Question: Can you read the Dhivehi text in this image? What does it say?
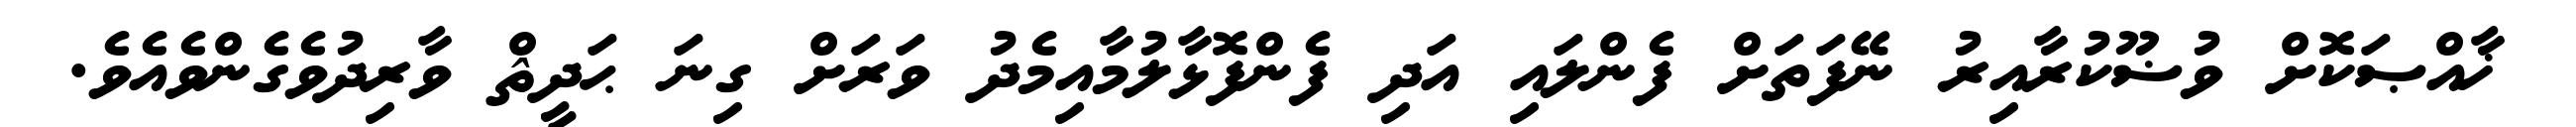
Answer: ޚާއްޞަކޮށް ވުޟޫކުރާއިރު ނޭފަތަށް ފެންލައި އަދި ފެންފޮޅާލުމާއިމެދު ވަރަށް ގިނަ ޙަދީޘް ވާރިދުވެގެންވެއެވެ.